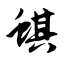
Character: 蜞